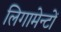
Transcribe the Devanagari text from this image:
लिगामेन्टों